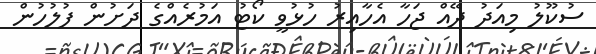
ސުކޫލު މިއަދު ދޭއް ޖަހާ އެހާއިރު ހުޅުވީ ކޯޓު އަމުރެއްގެ ދަށުން ފުލުހުން